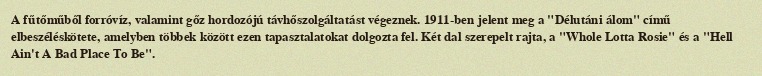
A fűtőműből forróvíz, valamint gőz hordozójú távhőszolgáltatást végeznek. 1911-ben jelent meg a "Délutáni álom" című elbeszéléskötete, amelyben többek között ezen tapasztalatokat dolgozta fel. Két dal szerepelt rajta, a "Whole Lotta Rosie" és a "Hell Ain't A Bad Place To Be".